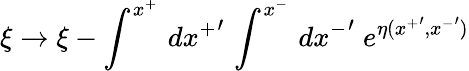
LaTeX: \xi\rightarrow\xi-\int^{x^{+}}\, d{x^{+}}^{\prime}\, \int^{x^{-}}\, d{x^{-}}^{\prime}\; e^{\eta({x^{+}}^{\prime},{x^{-}}^{\prime})}